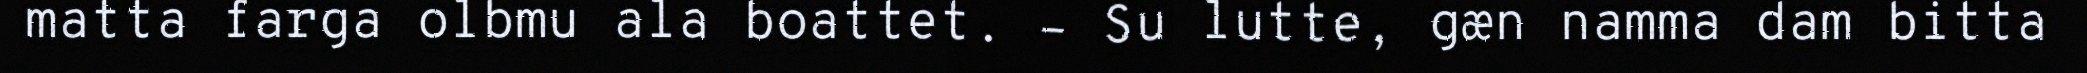
matta farga olbmu ala boattet. – Su lutte, gæn namma dam bitta